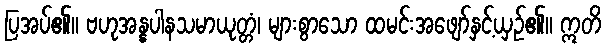
ပြအပ်၏။ ဗဟုအန္နပါနသမာယုတ္တံ၊ များစွာသော ထမင်းအဖျော်နှင့်ယှဉ်၏။ ဣတိ